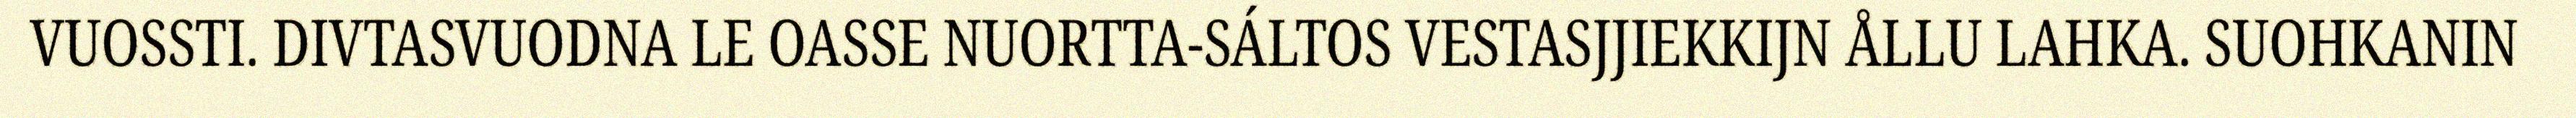
VUOSSTI. DIVTASVUODNA LE OASSE NUORTTA-SÁLTOS VESTASJJIEKKIJN ÅLLU LAHKA. SUOHKANIN